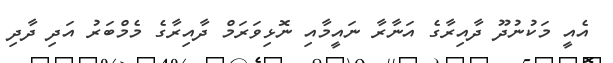
އެއީ މަކުނުދޫ ދާއިރާގެ އަނާރާ ނައީމާއި ނޮޅިވަރަމް ދާއިރާގެ މެމްބަރު އަދި ދާދި